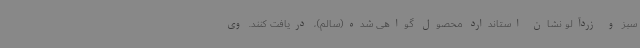
سبز و زردآلو نشان استاندارد محصول گواهی شده(سالم)، دریافت کنند. وی